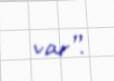
var”.